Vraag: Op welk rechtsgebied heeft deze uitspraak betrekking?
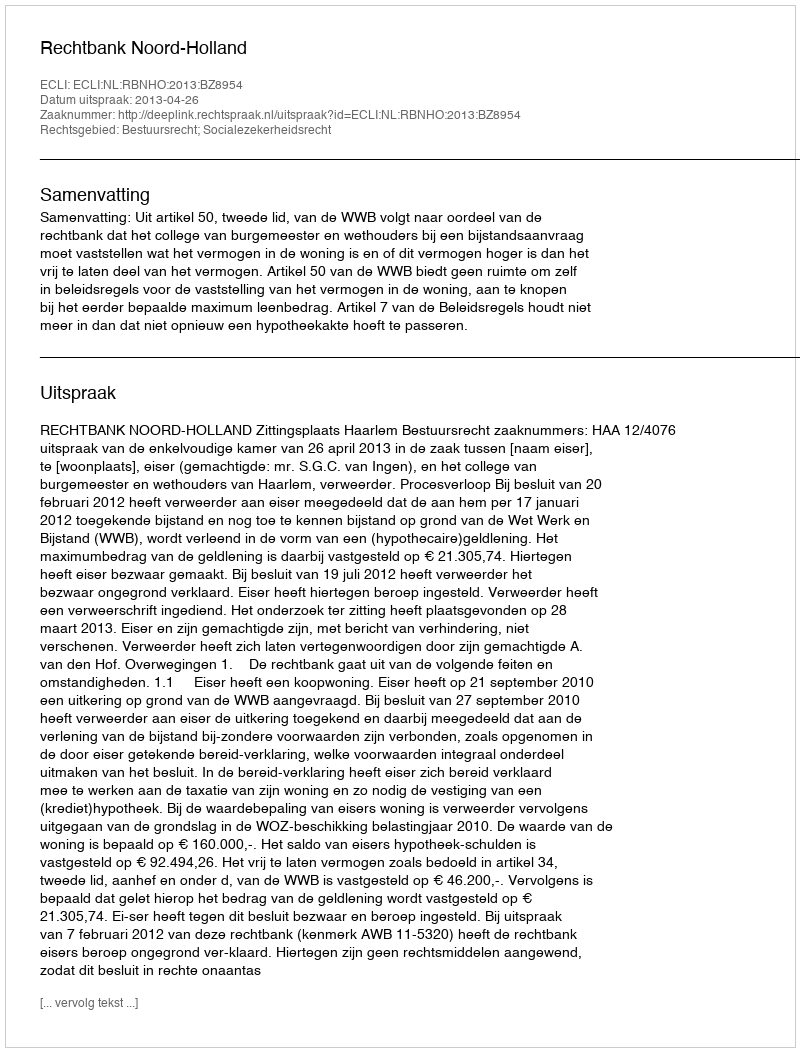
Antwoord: Bestuursrecht; Socialezekerheidsrecht